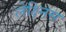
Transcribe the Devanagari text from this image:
लेक्ष्निस